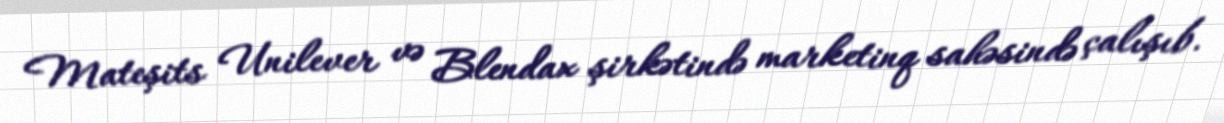
Mateşits Unilever və Blendax şirkətində marketinq sahəsində çalışıb.